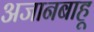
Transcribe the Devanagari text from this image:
अजानबाहू